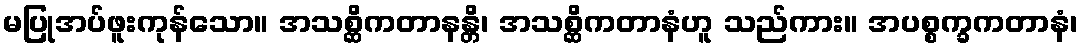
မပြုအပ်ဖူးကုန်သော။ အသစ္ဆိကတာနန္တိ၊ အသစ္ဆိကတာနံဟူ သည်ကား။ အပစ္စက္ခကတာနံ၊